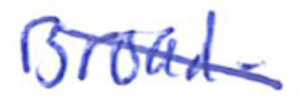
Text: Broad-
Cross-out: diagonal
Writing tool: ballpoint